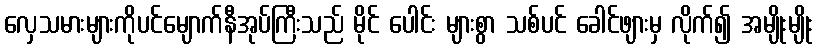
လှေသမားများကိုပင်မျောက်နီအုပ်ကြီးသည် မိုင် ပေါင်း များစွာ သစ်ပင် ခေါင်ဖျားမှ လိုက်၍ အမျိုးမျိုး